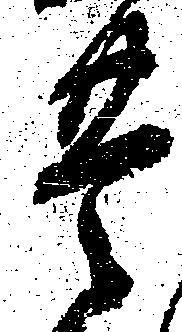
豊